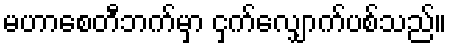
မဟာစေတီဘက်မှာ ငှက်လျှောက်ပစ်သည်။